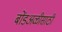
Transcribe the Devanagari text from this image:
बोंडअळीसाठी